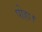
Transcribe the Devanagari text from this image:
पोहा।